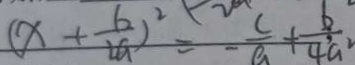
( x + \frac { b } { 2 a } ) ^ { 2 } = - \frac { c } { a } + \frac { b ^ { 2 } } { 4 a ^ { 2 } }